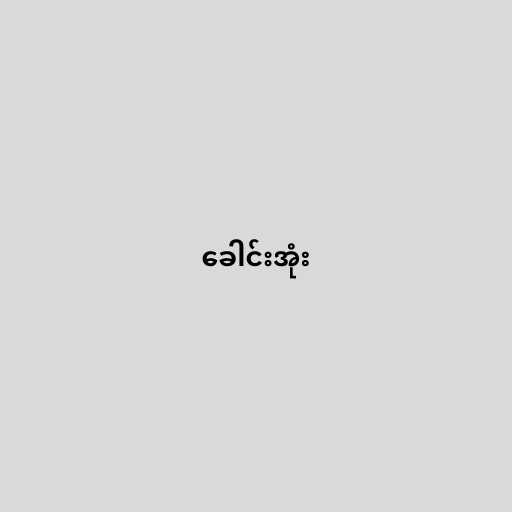
ခေါင်းအုံး